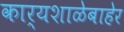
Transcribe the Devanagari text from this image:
कार्यशाळेबाहेर